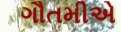
ગૌતમીએ